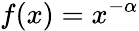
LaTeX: f(x)=x^{-\alpha}